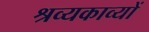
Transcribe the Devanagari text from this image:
श्रव्यकाव्यों